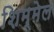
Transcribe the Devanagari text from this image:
शिम्मेल